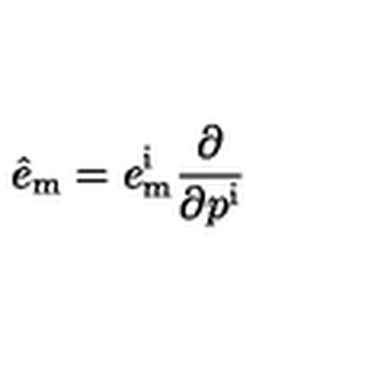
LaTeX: \hat { e } _ { \mathrm { m } } = e _ { \mathrm { m } } ^ { \mathrm { i } } { \frac { \partial } { \partial p ^ { \mathrm { i } } } }